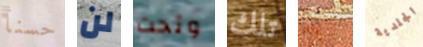
حسنأ لن وتحت تلك فوضوي الجلدية